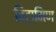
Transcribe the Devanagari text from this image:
विटामिण